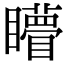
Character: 矒